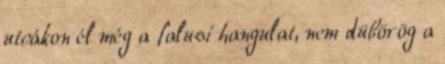
utcákon él még a falusi hangulat, nem dübörög a